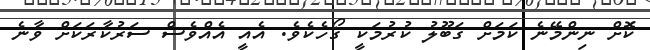
ކޮށް ނިންމޭނެ ކަމަށް ގަބޫލު ކުރުމަކީ ގޯހެކެވެ. އެއީ އެއްވެސް ސަރުކާރަކަށް ވާނެ